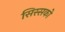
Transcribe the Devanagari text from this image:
सिस्सको